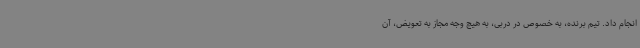
انجام داد. تیم برنده، به خصوص در دربی، به هیچ وجه مجاز به تعویض، آن